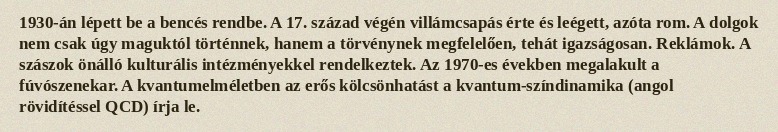
1930-án lépett be a bencés rendbe. A 17. század végén villámcsapás érte és leégett, azóta rom. A dolgok nem csak úgy maguktól történnek, hanem a törvénynek megfelelően, tehát igazságosan. Reklámok. A szászok önálló kulturális intézményekkel rendelkeztek. Az 1970-es években megalakult a fúvószenekar. A kvantumelméletben az erős kölcsönhatást a kvantum-színdinamika (angol rövidítéssel QCD) írja le.